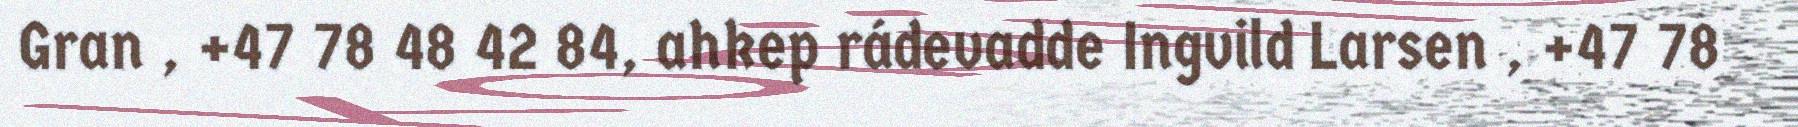
Gran , +47 78 48 42 84, ahkep rádevadde Ingvild Larsen , +47 78